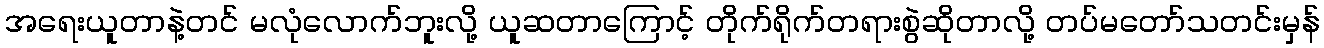
အရေးယူတာနဲ့တင် မလုံလောက်ဘူးလို့ ယူဆတာကြောင့် တိုက်ရိုက်တရားစွဲဆိုတာလို့ တပ်မတော်သတင်းမှန်